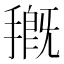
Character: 𭡰